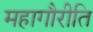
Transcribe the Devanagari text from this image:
महागौरीति